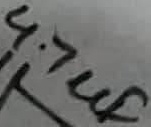
Text: 4.7µF